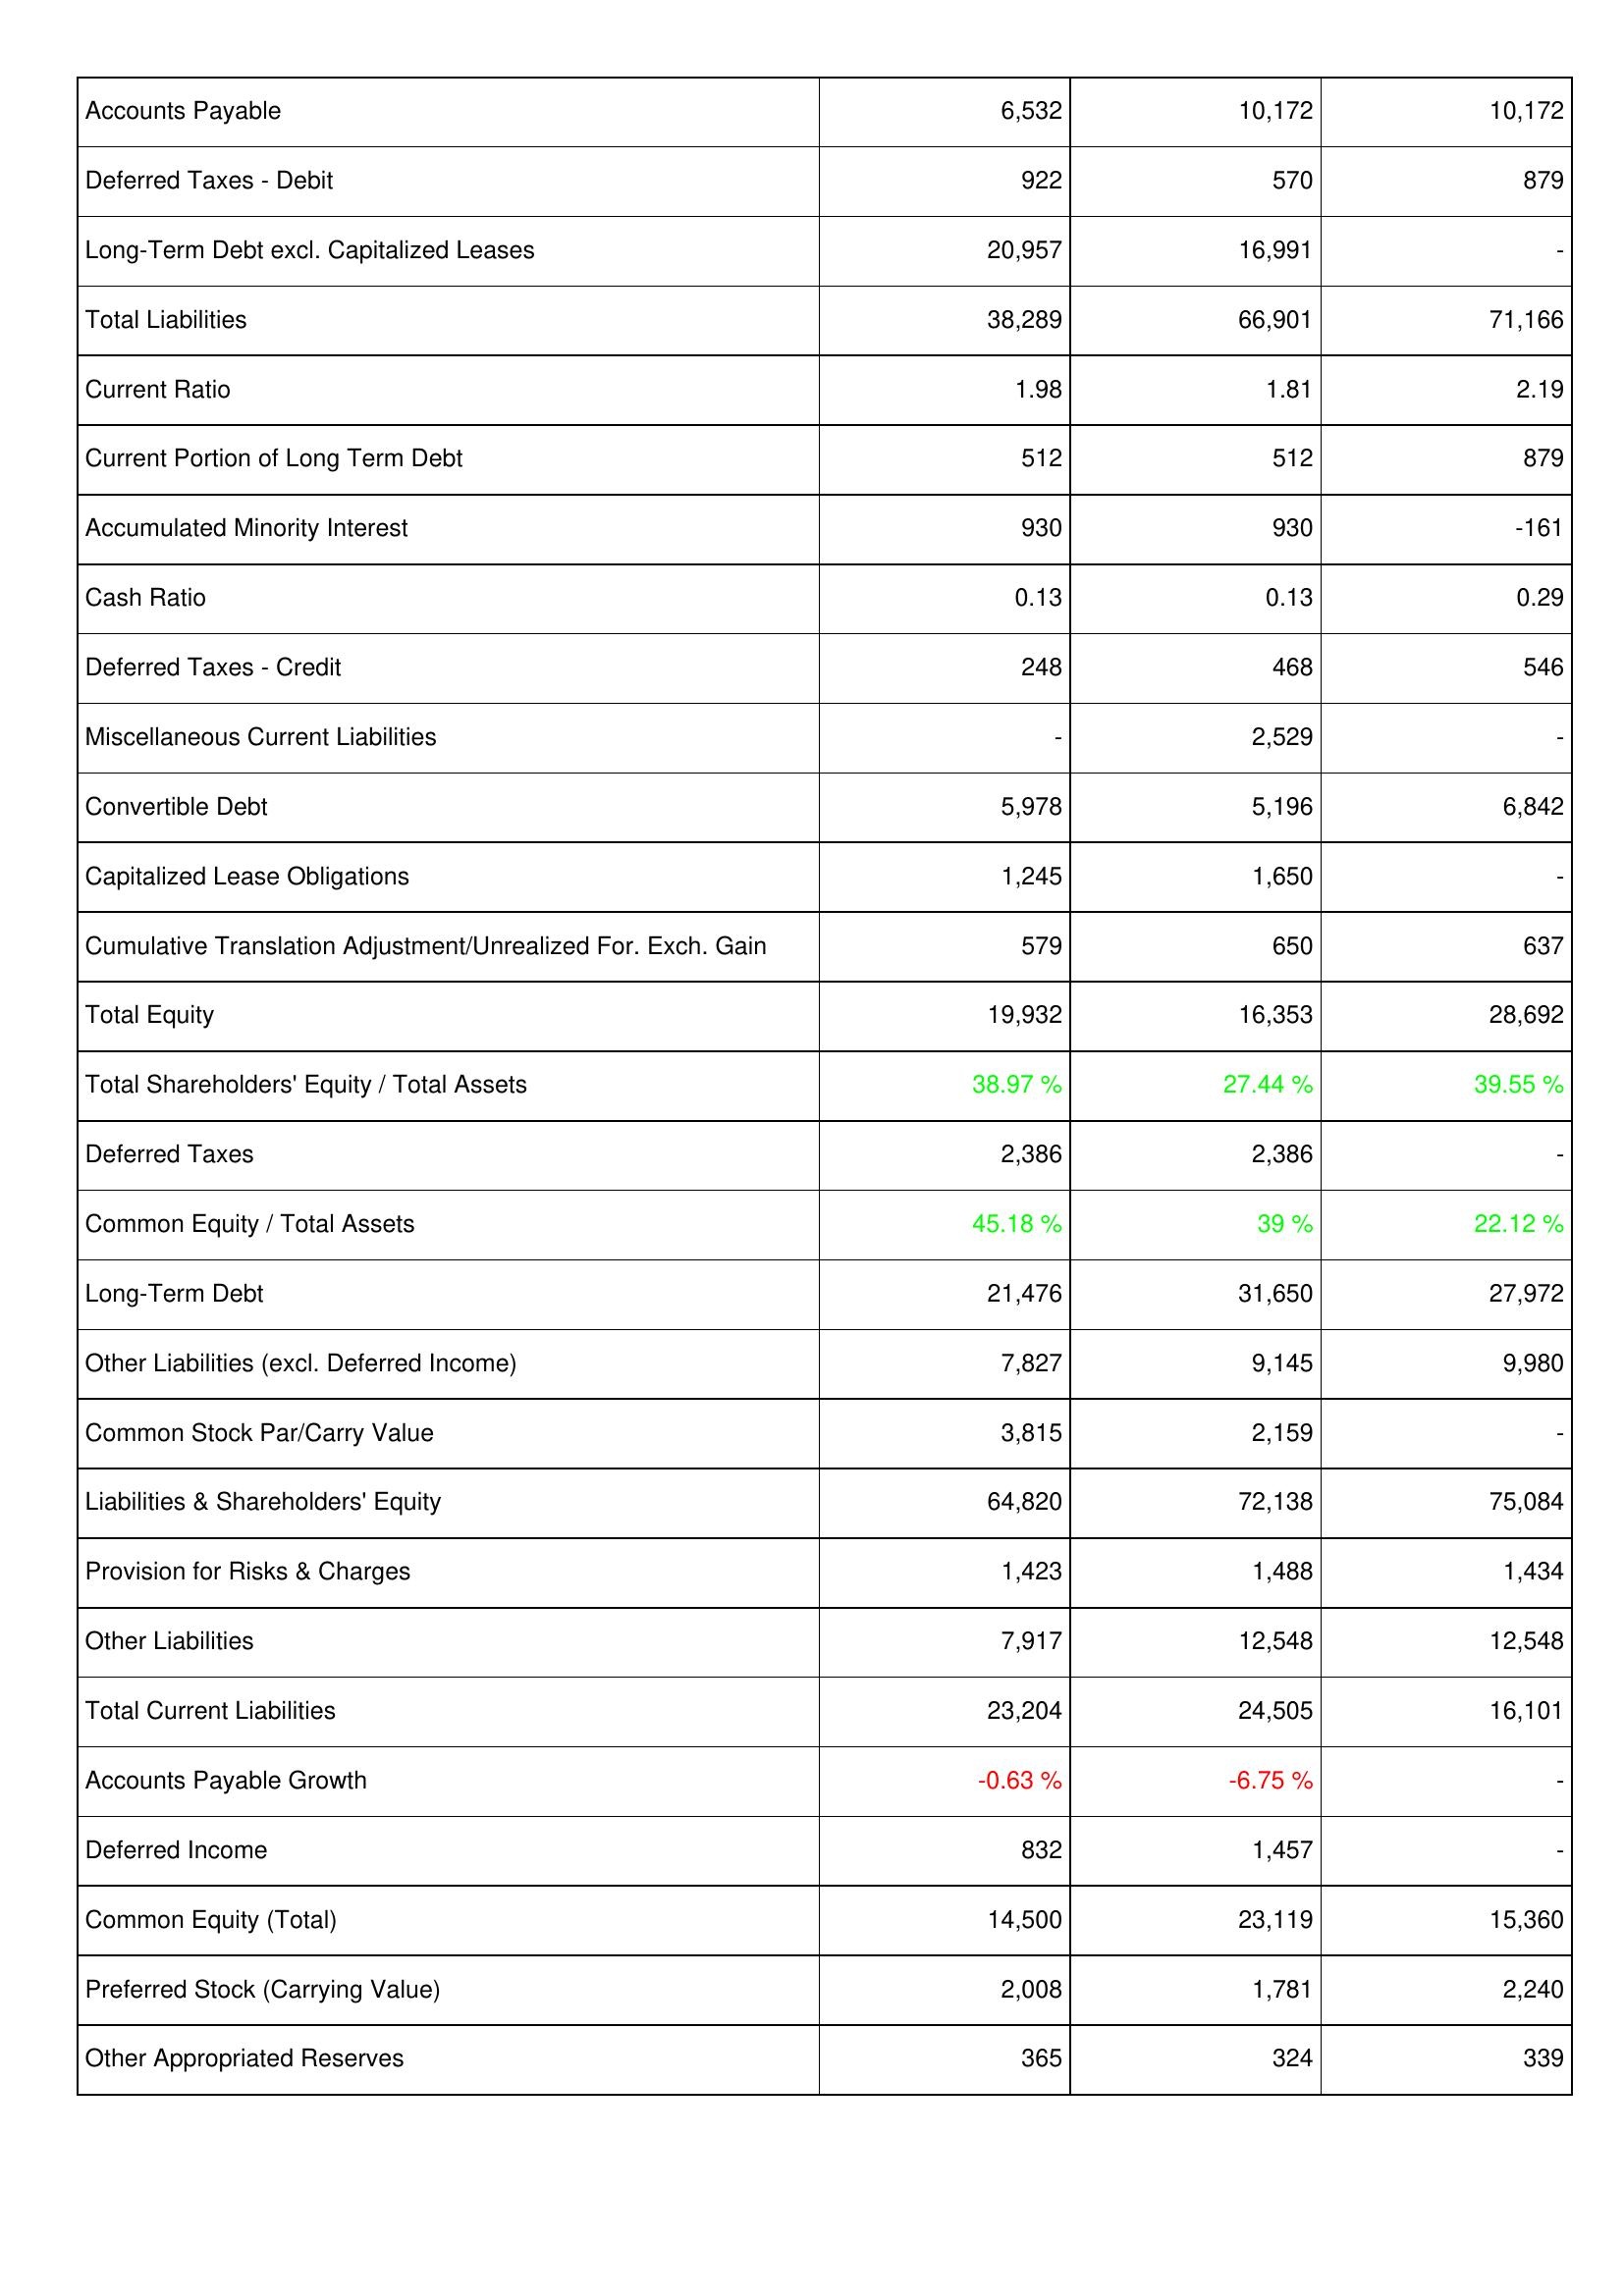
2013: Liabilities & Shareholders' Equity: Accounts Payable: 6,532
Deferred Taxes - Debit: 922
Long-Term Debt excl. Capitalized Leases: 20,957
Total Liabilities: 38,289
Current Ratio: 1.98
Current Portion of Long Term Debt: 512
Accumulated Minority Interest: 930
Cash Ratio: 0.13
Deferred Taxes - Credit: 248
Miscellaneous Current Liabilities: -
Convertible Debt: 5,978
Capitalized Lease Obligations: 1,245
Cumulative Translation Adjustment/Unrealized For. Exch. Gain: 579
Total Equity: 19,932
Total Shareholders' Equity / Total Assets: 38.97 %
Deferred Taxes: 2,386
Common Equity / Total Assets: 45.18 %
Long-Term Debt: 21,476
Other Liabilities (excl. Deferred Income): 7,827
Common Stock Par/Carry Value: 3,815
Liabilities & Shareholders' Equity: 64,820
Provision for Risks & Charges: 1,423
Other Liabilities: 7,917
Total Current Liabilities: 23,204
Accounts Payable Growth: -0.63 %
Deferred Income: 832
Common Equity (Total): 14,500
Preferred Stock (Carrying Value): 2,008
Other Appropriated Reserves: 365
2012: Liabilities & Shareholders' Equity: Accounts Payable: 10,172
Deferred Taxes - Debit: 570
Long-Term Debt excl. Capitalized Leases: 16,991
Total Liabilities: 66,901
Current Ratio: 1.81
Current Portion of Long Term Debt: 512
Accumulated Minority Interest: 930
Cash Ratio: 0.13
Deferred Taxes - Credit: 468
Miscellaneous Current Liabilities: 2,529
Convertible Debt: 5,196
Capitalized Lease Obligations: 1,650
Cumulative Translation Adjustment/Unrealized For. Exch. Gain: 650
Total Equity: 16,353
Total Shareholders' Equity / Total Assets: 27.44 %
Deferred Taxes: 2,386
Common Equity / Total Assets: 39 %
Long-Term Debt: 31,650
Other Liabilities (excl. Deferred Income): 9,145
Common Stock Par/Carry Value: 2,159
Liabilities & Shareholders' Equity: 72,138
Provision for Risks & Charges: 1,488
Other Liabilities: 12,548
Total Current Liabilities: 24,505
Accounts Payable Growth: -6.75 %
Deferred Income: 1,457
Common Equity (Total): 23,119
Preferred Stock (Carrying Value): 1,781
Other Appropriated Reserves: 324
2011: Liabilities & Shareholders' Equity: Accounts Payable: 10,172
Deferred Taxes - Debit: 879
Long-Term Debt excl. Capitalized Leases: -
Total Liabilities: 71,166
Current Ratio: 2.19
Current Portion of Long Term Debt: 879
Accumulated Minority Interest: -161
Cash Ratio: 0.29
Deferred Taxes - Credit: 546
Miscellaneous Current Liabilities: -
Convertible Debt: 6,842
Capitalized Lease Obligations: -
Cumulative Translation Adjustment/Unrealized For. Exch. Gain: 637
Total Equity: 28,692
Total Shareholders' Equity / Total Assets: 39.55 %
Deferred Taxes: -
Common Equity / Total Assets: 22.12 %
Long-Term Debt: 27,972
Other Liabilities (excl. Deferred Income): 9,980
Common Stock Par/Carry Value: -
Liabilities & Shareholders' Equity: 75,084
Provision for Risks & Charges: 1,434
Other Liabilities: 12,548
Total Current Liabilities: 16,101
Accounts Payable Growth: -
Deferred Income: -
Common Equity (Total): 15,360
Preferred Stock (Carrying Value): 2,240
Other Appropriated Reserves: 339